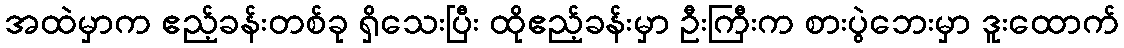
အထဲမှာက ဧည့်ခန်းတစ်ခု ရှိသေးပြီး ထိုဧည့်ခန်းမှာ ဦးကြီးက စားပွဲဘေးမှာ ဒူးထောက်